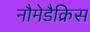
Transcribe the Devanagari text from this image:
नौमेडैक्रिस